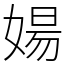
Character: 婸